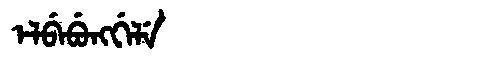
Manchu: ᡝᠯᠪᡝᠪᡠᠩᡤᡝᠯᡝ
Romanization: ELBEBUNGGELE